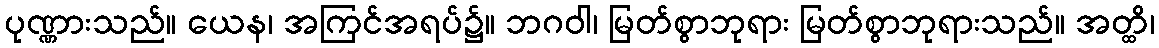
ပုဏ္ဏားသည်။ ယေန၊ အကြင်အရပ်၌။ ဘဂဝါ၊ မြတ်စွာဘုရား မြတ်စွာဘုရားသည်။ အတ္ထိ၊